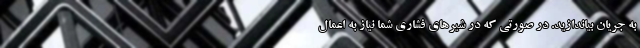
به جریان بیاندازید. در صورتی که در شیرهای فشاری شما نیاز به اعمال